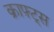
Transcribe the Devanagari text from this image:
क्राफ़्ट्स